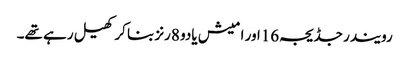
رویندر جڈیجہ16اور امیش یادو 8رنز بنا کر کھیل رہے تھے۔